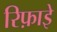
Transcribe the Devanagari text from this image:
रिफ़ाइे